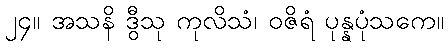
၂၄။ အသနိ ဒွီသု ကုလိသံ၊ ဝဇိရံ ပုန္နပုံသကေ။